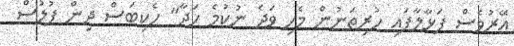
އޭރުވެސް ފަޅާލާފައި ހުރިތަނުން މެހި ވަދެ ނުކުމެ ހަދާ" ހެކިބަސް ދިން ފުލުސް